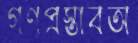
গণপ্রস্তাবঅ